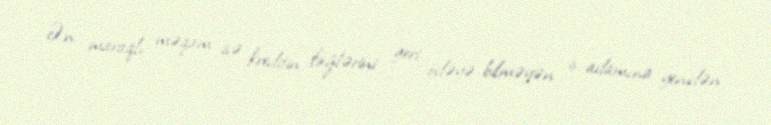
Ən maraqlı məqam isə kreditin faizlərini geri ödəyə bilməyən iş adamına yenidən